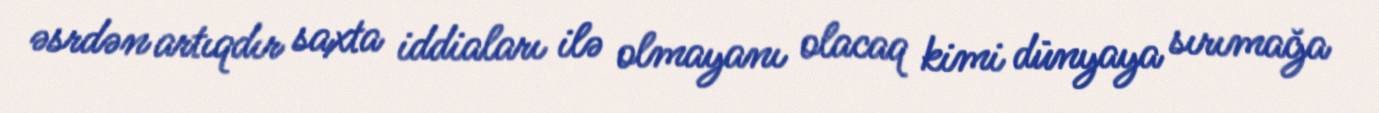
əsrdən artıqdır saxta iddiaları ilə olmayanı olacaq kimi dünyaya sırımağa